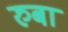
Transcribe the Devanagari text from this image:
रुबा